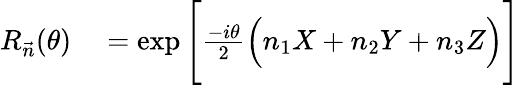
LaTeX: \begin{array}{rl}{R_{\vec{n}}(\theta)}&{{}=\exp\Bigg[\frac{-i\theta}{2}\Big(n_{1}X+n_{2}Y+n_{3}Z\Big)\Bigg]}\end{array}